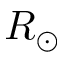
R _ { \odot }